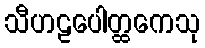
သီဟဠပေါတ္ထကေသု